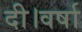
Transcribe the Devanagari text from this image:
दी।वर्षा